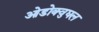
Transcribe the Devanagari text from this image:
ओडोक्वुघल